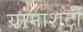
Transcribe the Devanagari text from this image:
यामाशटी